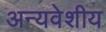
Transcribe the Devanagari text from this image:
अन्यवेशीय